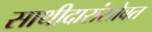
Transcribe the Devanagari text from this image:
साथीदारांसोबत